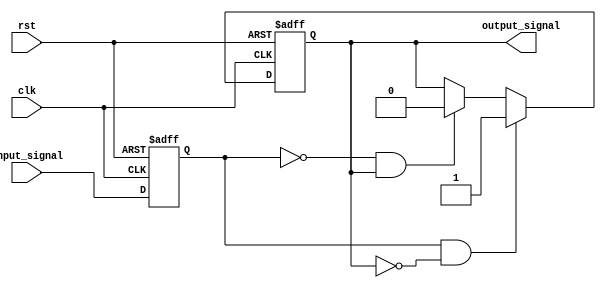
module schmitt_trigger_buffer (
    input wire clk,
    input wire rst,
    input wire input_signal,
    output reg output_signal
);

reg reg_input_signal;

always @(posedge clk or posedge rst) begin
    if (rst) begin
        reg_input_signal <= 1'b0;
        output_signal <= 1'b0;
    end else begin
        reg_input_signal <= input_signal;
        if (reg_input_signal && !output_signal) begin
            output_signal <= 1'b1;
        end else if (!reg_input_signal && output_signal) begin
            output_signal <= 1'b0;
        end
    end
end

endmodule